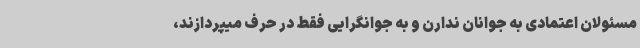
مسئولان اعتمادی به جوانان ندارن و به جوانگرایی فقط در حرف میپردازند،